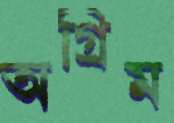
অগ্রিম